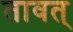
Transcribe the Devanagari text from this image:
तावत्